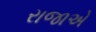
રાજાએ